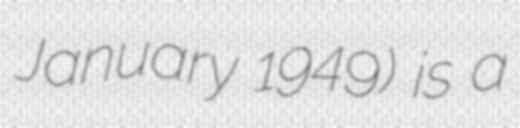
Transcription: January 1949) is a